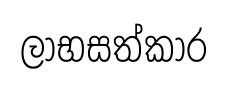
ලාභසත්කාර